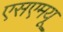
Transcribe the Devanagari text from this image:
एसएमयू